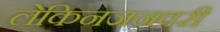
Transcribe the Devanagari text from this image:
लेकिनजनवरी